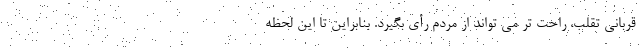
قربانی تقلب، راحت تر می تواند از مردم رأی بگیرد. بنابراین تا این لحظه